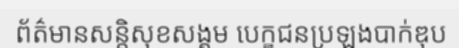
ព័ត៌មានសន្តិសុខសង្គម បេក្ខជនប្រឡងបាក់ឌុប